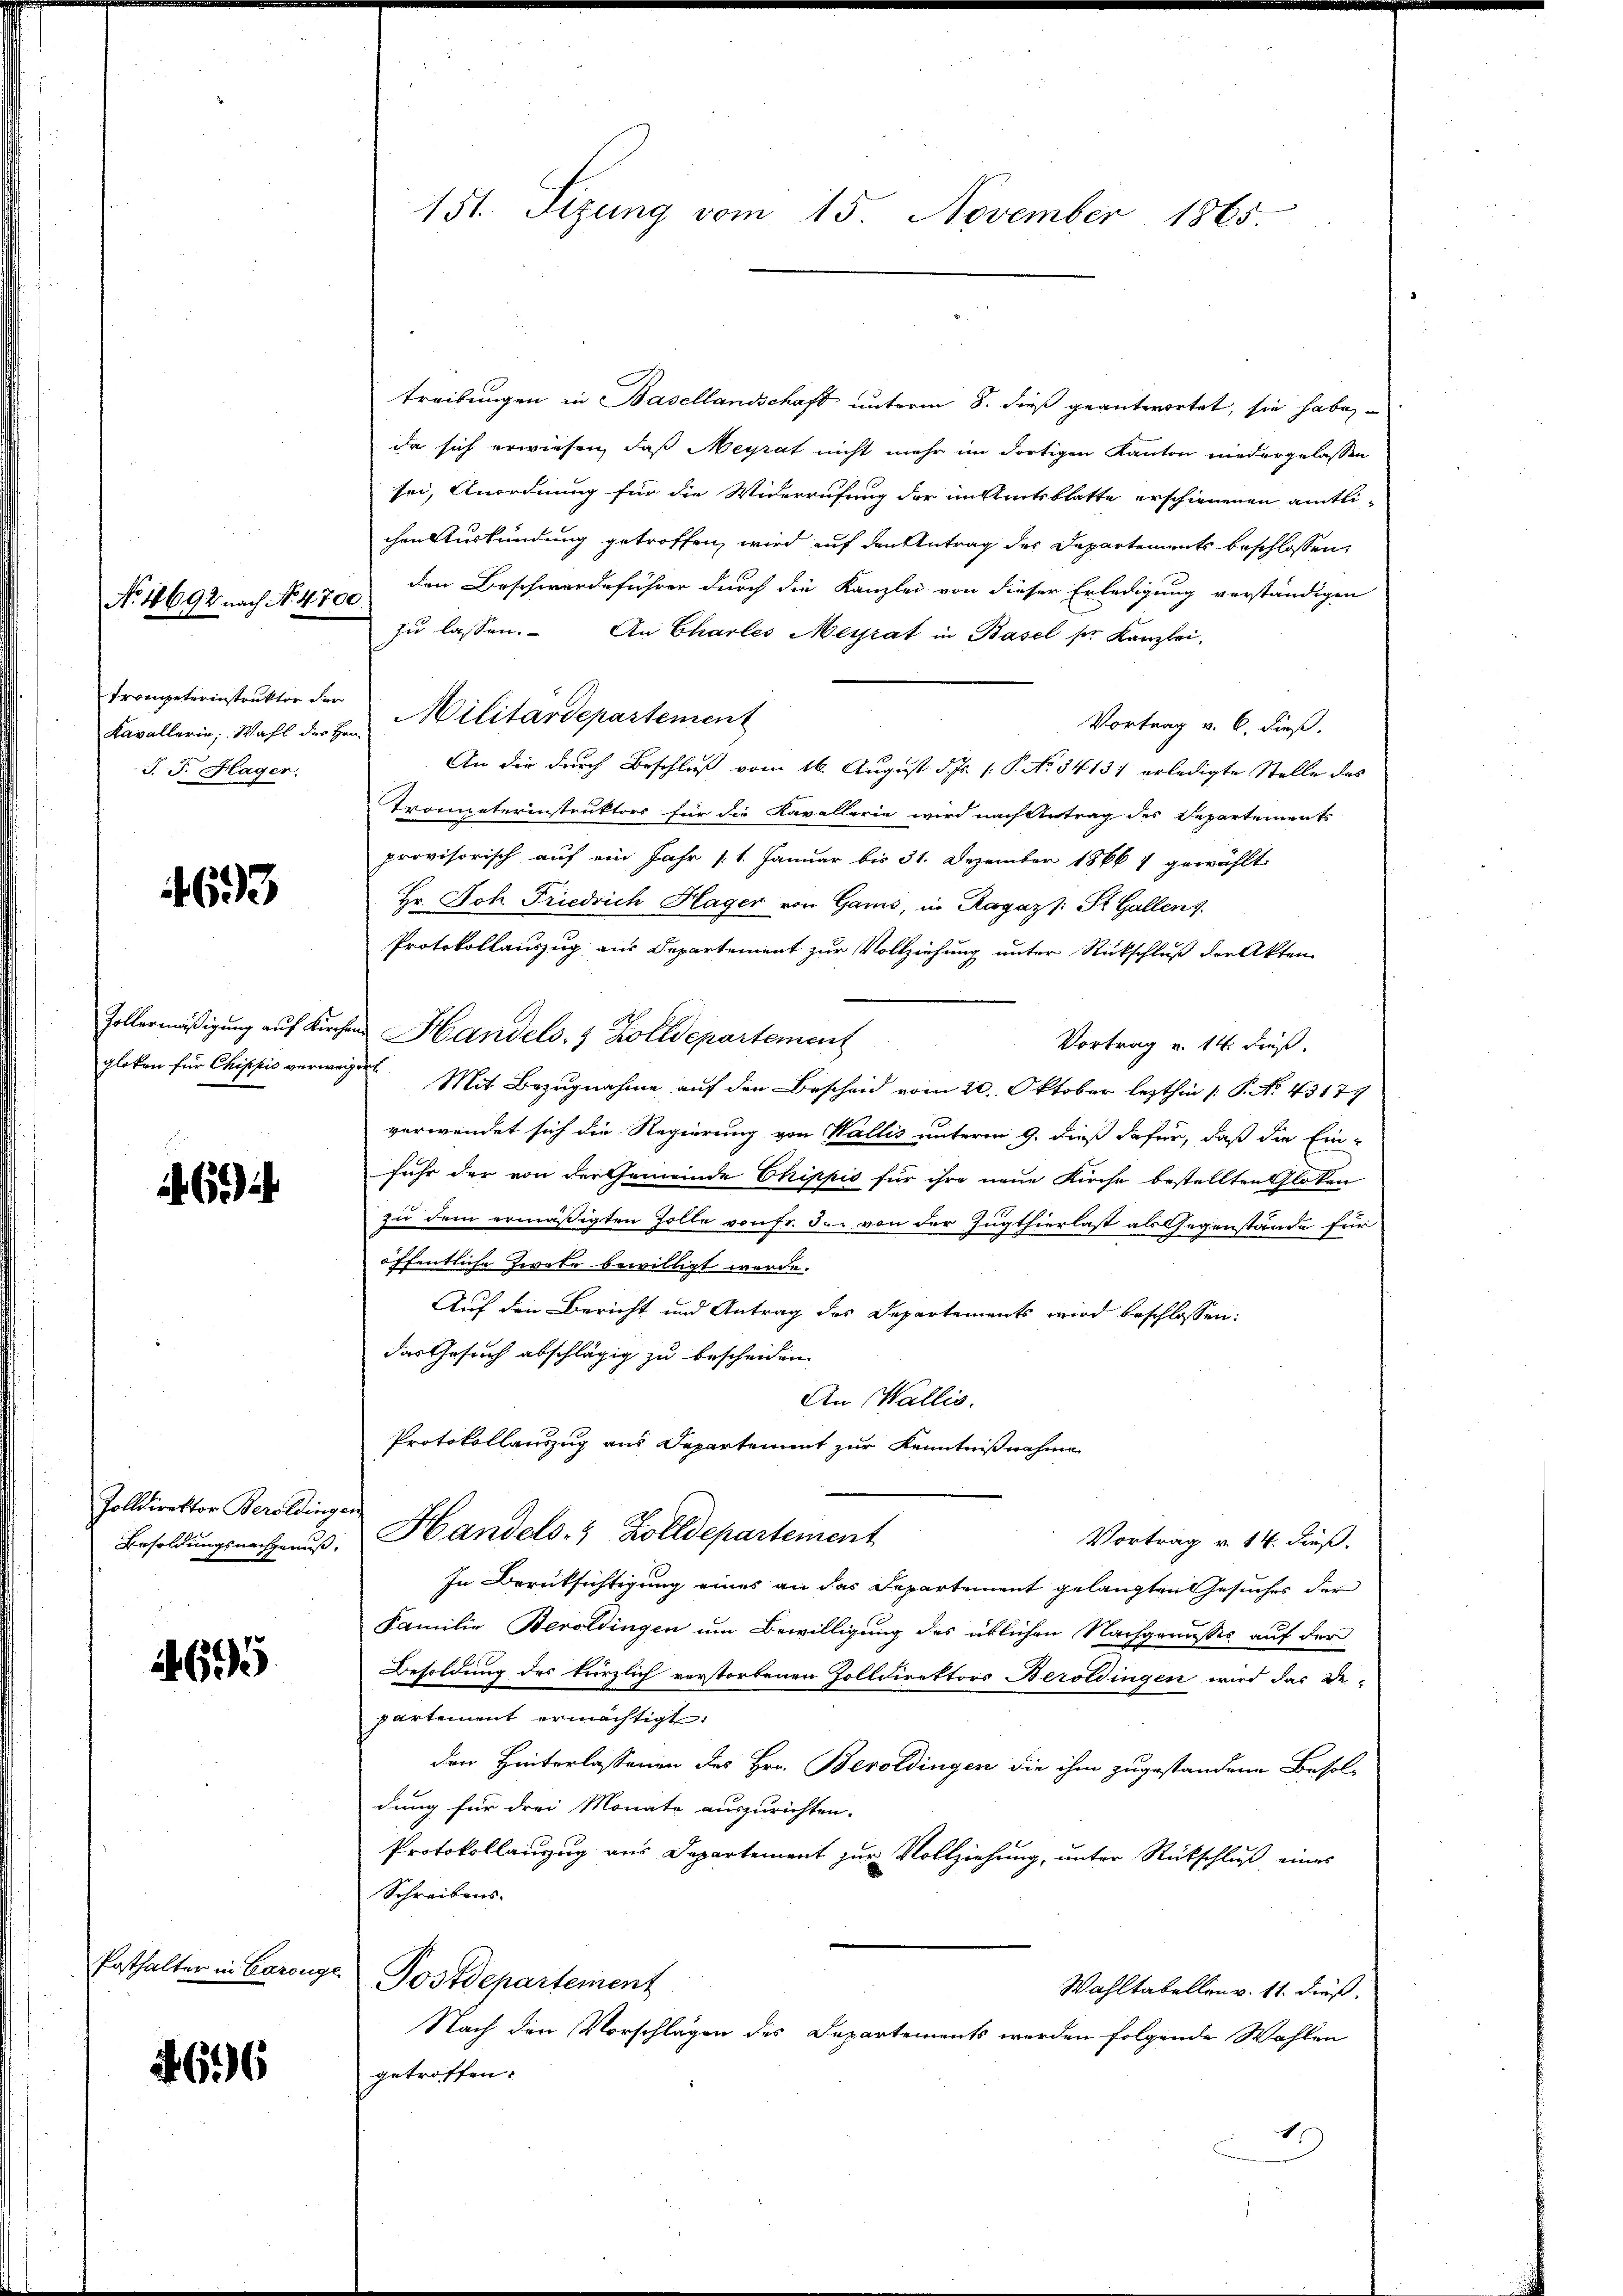
No. 18692 nach No. 4700.
Trompeterinstruktor der
J. J. Hager.

693

14695

66

Zolldirektor Beroldingen
Besoldungsnachgenuß.

151. Sitzung vom 15. November 1865

treibungen in Basellandschaft unterm 8. dieß geantwortet, sie habe
da sich erwiesen, daß Meyrat nicht mehr im dortigen Kanton niedergelassen
sei, Anordnung für die Widerrufung der in Amtsblatte erschienenen amtlichen Auskündung getroffen, wird auf den Antrag des Departements beschlossen,
den Beschwerdeführer durch die Kanzlei von dieser Erledigung verständigen
zu lassen. An Charles Meyrat in Basel ser Kanzlei.
Vortrag v. 6. dieß.
An die durch Beschluß vom 16. August d. Js. 1. P. No. 34131 erledigte Stelle des
Trometerinstruktors für die Kavallerie wird nach Antrag des Departements
provisorisch auf ein Jahr 11. Januar bis 31. Dezember 1866 & gewählt
Hr. Joh. Friedrich Hager von Gams, in Ragazs: St. Gallen z
Protokollauszug aus Departement zur Vollziehung unter Rückschluß der Akten
Zollermäßigung auf Kirchen Handels- & Zolldepartement
Vortrag v. 14. dieß.
gloken für Chippis verweige Mit Bezugnahme auf den Bescheid vom 20. Oktober lezthin /: P. No. 43177
verwendet sich die Regierung von Wallis unterm 9. dieß dafür, daß die Ein-
fuhr der von der Gemeinde Chippis für ihre neue Kirche bestellten Glaten
zu dem ermäßigten Zolle von Fr. 3. von der Zugthierlast als Gegenstände für
öffentliche Zwate bewilligt werde.
Auf den Bericht und Antrag des Departements wird beschlossen:
das Gesuch abschlägig zu bescheiden.
An Wallis.
Protokollauszug aus Departement zur Kenntnißnahme
Handels- & Zolldepartement
Vortrag v. 14. dieß.
In Berüksichtigung eines an das Departement gelangten Gesuches der
Familie Beroldingen um Bewilligung des üblichen Nachgenusses auf der
Besoldung des kürzlich verstorbenen Zolldirektors Beroldingen wird das De-
partement ermächtigt.
den Hinterlassenen des Hrn. Beroldingen die ihm zugestandene Besoldung für drei Monate auszurichten.
Protokollanzug aus Departement zur Vollziehung, unter Rückschluß eines
Schreibens.
Posthalter in Coronge Postdepartement
Wahltabellen v. 11. dieß.
Nach den Vorschlägen des Departements werden folgende Wahlen
getroffen.
1

Kavallerin, Wahl der Hrn. Militärdepartement